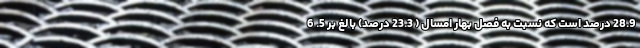
28.9 درصد است که نسبت به فصل بهار امسال ( 23.3 درصد) بالغ بر 5. 6